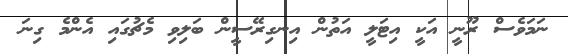
ނަމަވެސް ރޫނީ އަކީ އިޓަލީ އަތުން އިނގިރޭސީން ބަލިވި މެޗުގައި އެންމެ ގިނަ